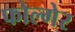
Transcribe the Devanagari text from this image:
फोल्गेर